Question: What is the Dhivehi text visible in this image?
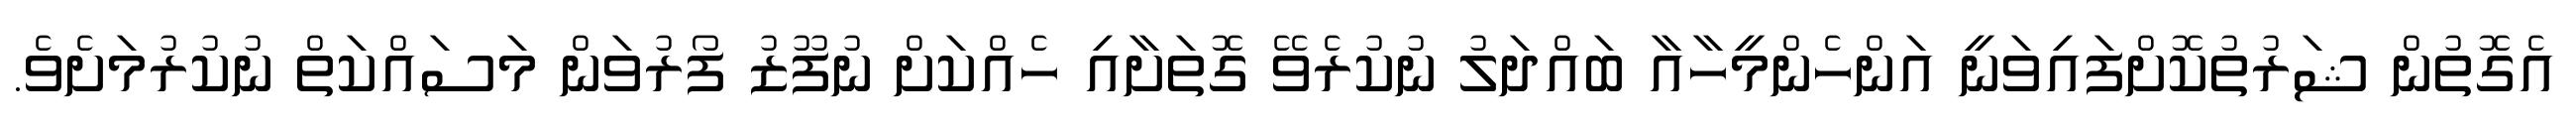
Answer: އެގޮތުން ޝަރުތުކޮށްފައިވަނީ އަންހެންމީހާއާ ބައްދަލު ނުކުރެވޭ ގޮތަށާއި ހެއްކަށް ނުފޫޒު ފޯރުވަން މަސައްކަތް ނުކުރުމަށެވެ.